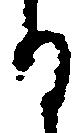
る